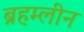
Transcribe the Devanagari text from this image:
ब्रहम्लीन